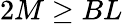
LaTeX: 2M\geq BL